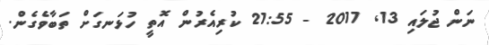
ނަން ޖުލައި 13